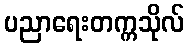
ပညာရေးတက္ကသိုလ်